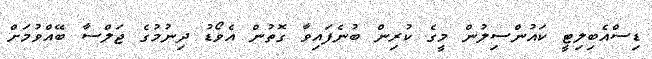
ޑިސްއެބިލިޓީ ކައުންސިލުން މީގެ ކުރިން ބުނެފައިވާ ގޮތުން އެވޯޑު ދިނުމުގެ ޖަލްސާ ބޭއްވުމަށް